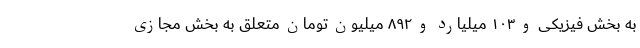
به بخش فیزیکی و ۱۰۳ میلیارد و ۸۹۲ میلیون تومان متعلق به بخش مجازی